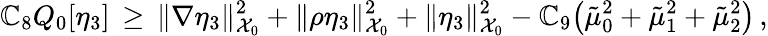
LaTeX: \mathbb{C}_{8}Q_{0}[\eta_{3}]\, \ge\, \| \nabla\eta_{3}\| _{\mathcal{{X}}_{0}}^{2}+\| \rho\eta_{3}\| _{\mathcal{{X}}_{0}}^{2}+\| \eta_{3}\| _{\mathcal{{X}}_{0}}^{2}-\mathbb{C}_{9}\bigl(\tilde{{\mu}}_{0}^{2}+\tilde{{\mu}}_{1}^{2}+\tilde{{\mu}}_{2}^{2}\bigr)\, ,